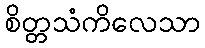
စိတ္တသံကိလေသာ